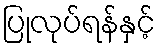
ပြုလုပ်ရန်နှင့်